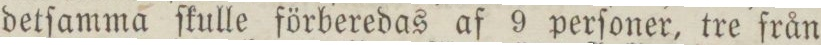
detſamma ſkulle förberedas af 9 perſoner, tre från